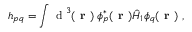
h _ { p q } = \int \mathrm { ~ d ~ } ^ { 3 } ( \textbf { r } ) \; \phi _ { p } ^ { * } ( \textbf { r } ) \hat { H } _ { 1 } \phi _ { q } ( \textbf { r } ) ~ ,